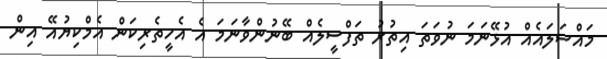
މައްސަލައެއް އުޅޭނަމަ ނުވަތަ އިތުރު ތަފްސީލެއް ބޭނުންވާނަމަ އެ އެހީތެރިކަން އެމްކިޔުއޭ އިން